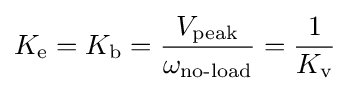
K_{\text{e}}=K_{\text{b}}={\frac {V_{\text{peak}}}{\omega _{\text{no-load}}}}={\frac {1}{K_{\text{v}}}}